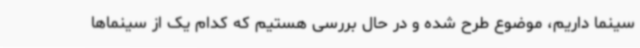
سینما داریم، موضوع طرح شده و در حال بررسی هستیم که کدام یک از سینماها